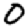
Digit: 0